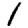
Digit: 1